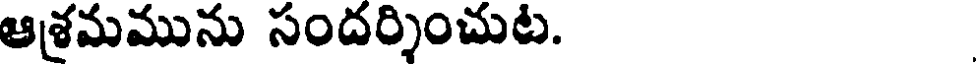
ఆశ్రమమును సందర్శించుట.